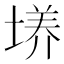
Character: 𡏆